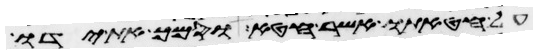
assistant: על חטאתו אשר חטא וסמך את ידו